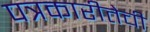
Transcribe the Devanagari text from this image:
पत्रकारीतेची